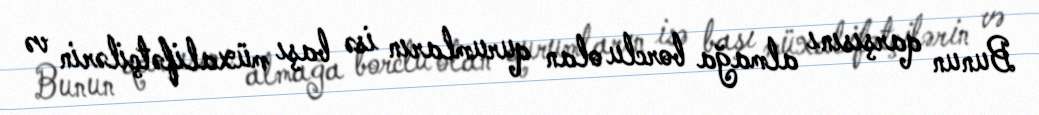
Bunun qarşısını almağa borclu olan qurumların isə başı müxalifətçilərin və